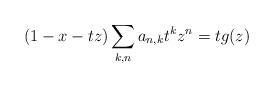
LaTeX: \begin{align*}(1-x-tz)\sum_{k,n}a_{n,k}t^kz^n=t g(z)\end{align*}